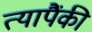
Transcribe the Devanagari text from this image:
त्यापैंकी